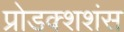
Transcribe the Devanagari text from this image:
प्रोडक्शशंस